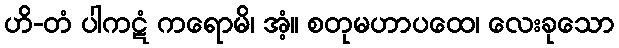
ဟိ-တံ ပါကဋံ ကရောမိ၊ အံ့။ စတုမဟာပထေ၊ လေးခုသော